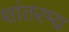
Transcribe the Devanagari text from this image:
शांतरम्य